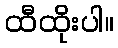
ထီထိုးပါ။